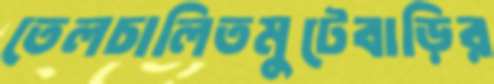
তেলচালিতমুটেবাড়ির